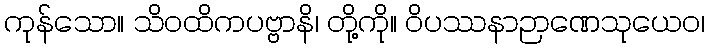
ကုန်သော။ သိဝထိကပဗ္ဗာနိ၊ တို့ကို။ ဝိပဿနာဉာဏေသုယေဝ၊